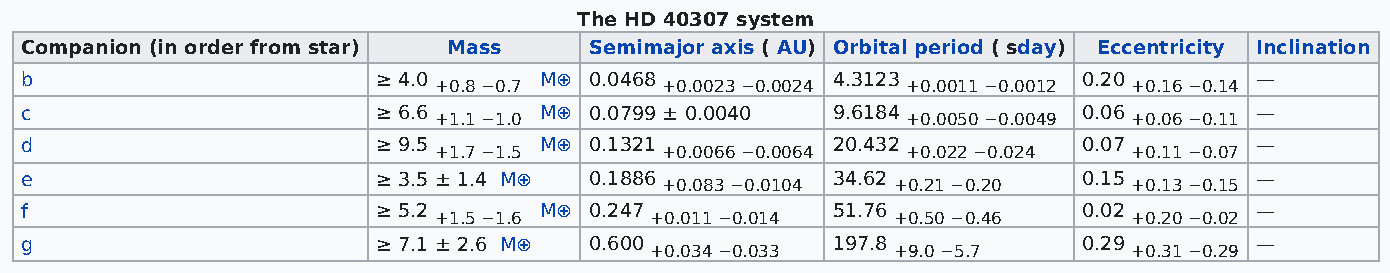
The HD 40307 system
 Companion (in order from star) Mass   Semimajor axis ( AU) Orbital period ( sday) Eccentricity Inclination
 b                       ≥ 4.0      M⊕ 0.0468          4.3123           0.20       —
 +0.8 −0.7      +0.0023 −0.0024 +0.0011 −0.0012 +0.16 −0.14
 c                       ≥ 6.6      M⊕ 0.0799 ± 0.0040 9.6184           0.06       —
 +1.1 −1.0                      +0.0050 −0.0049 +0.06 −0.11
 d                       ≥ 9.5      M⊕ 0.1321          20.432           0.07       —
 +1.7 −1.5      +0.0066 −0.0064 +0.022 −0.024  +0.11 −0.07
 e                       ≥ 3.5 ± 1.4 M⊕ 0.1886         34.62            0.15       —
 +0.083 −0.0104 +0.21 −0.20     +0.13 −0.15
 f                       ≥ 5.2      M⊕ 0.247           51.76            0.02       —
 +1.5 −1.6     +0.011 −0.014   +0.50 −0.46     +0.20 −0.02
 g                       ≥ 7.1 ± 2.6 M⊕ 0.600          197.8            0.29       —
 +0.034 −0.033   +9.0 −5.7       +0.31 −0.29